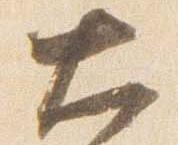
大